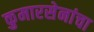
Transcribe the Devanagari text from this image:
कुमारसेनांचा